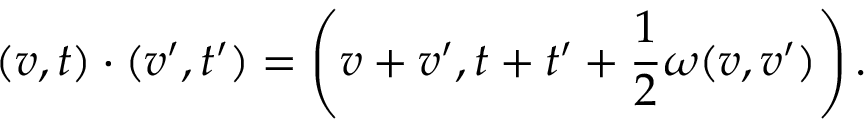
( v , t ) \cdot ( v ^ { \prime } , t ^ { \prime } ) = \left( v + v ^ { \prime } , t + t ^ { \prime } + { \frac { 1 } { 2 } } \omega ( v , v ^ { \prime } ) \right) .